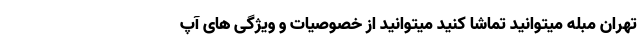
تهران مبله میتوانید تماشا کنید میتوانید از خصوصیات و ویژگی های آپ